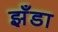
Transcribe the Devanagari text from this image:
झँडा